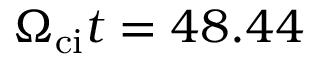
\Omega _ { \mathrm { c i } } t = 4 8 . 4 4